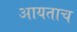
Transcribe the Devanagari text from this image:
आयताच